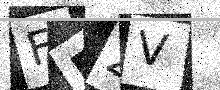
Text: FDZV